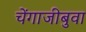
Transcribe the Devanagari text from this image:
चेंगाजीबुवा